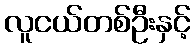
လူငယ်တစ်ဦးနှင့်